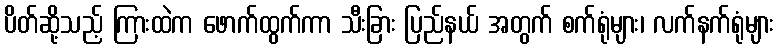
ပိတ်ဆို့သည့် ကြားထဲက ဖောက်ထွက်ကာ သီးခြား ပြည်နယ် အတွက် စက်ရုံများ၊ လက်နက်ရုံများ